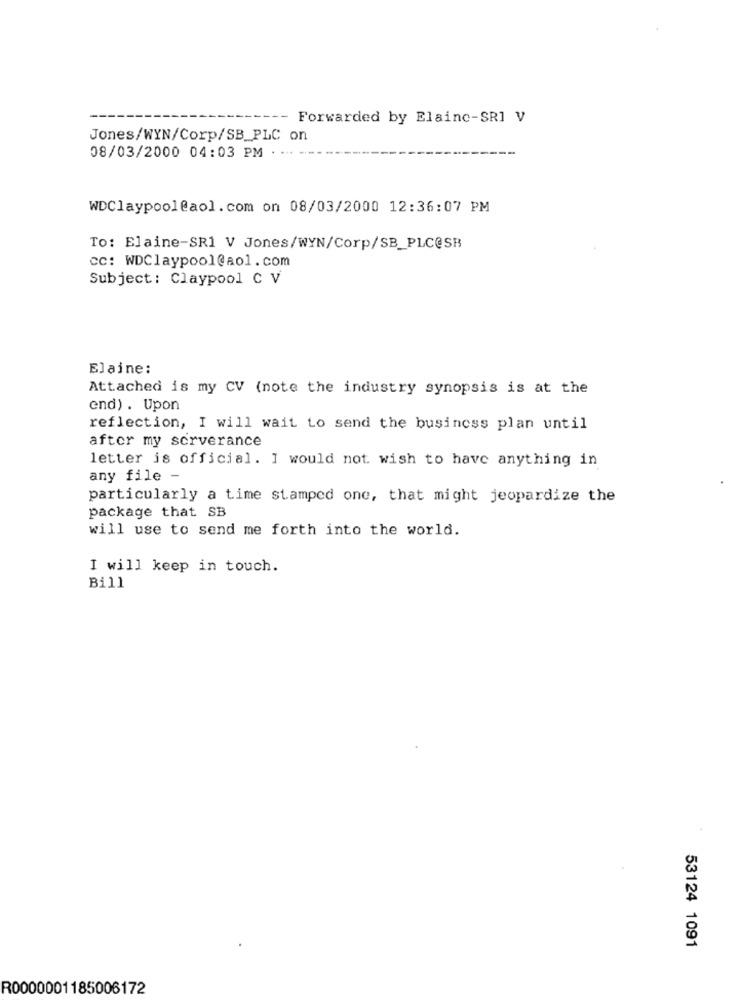
-- Forwarded by Elaine-SRI V
Jones/WYN/Corp/SB_PLC on
08/03/2000 04:03 PM
WDClaypool@aol.com on 08/03/2000 12:36:07 PM
To: Elaine-SR1 V Jones/WYN/Corp/SB_PLC@SB
CC: WDClaypool@aol.com
Subject : Claypool C V
Elaine:
Attached is my CV (note the industry synopsis is at the
end) . Upon
reflection, I will wait to send the business plan until
after my serverance
letter is official. I would not wish to have anything in
any file -
particularly a time stamped one, that might jeopardize the
package that SB
will use to send me forth into the world.
I will keep in touch.
Bill
53124 1091
R0000001185006172